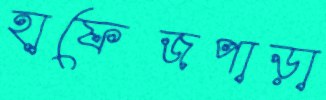
হাফেজপাড়া